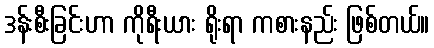
ဒန်းစီးခြင်းဟာ ကိုရီးယား ရိုးရာ ကစားနည်း ဖြစ်တယ်။